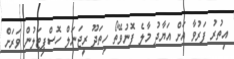
އިތުރު ފަރުވާ އަށް އަޔާދު މާލެ ފޮނުވޭތޯ ހިތަދޫ ރީޖަނަލް ހޮސްޕިޓަލުން ވަރަށް